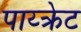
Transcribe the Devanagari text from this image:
पाय्क्रेट